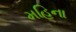
મહિના